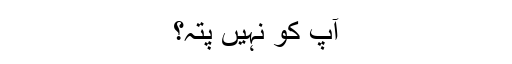
آپ کو نہیں پتہ؟